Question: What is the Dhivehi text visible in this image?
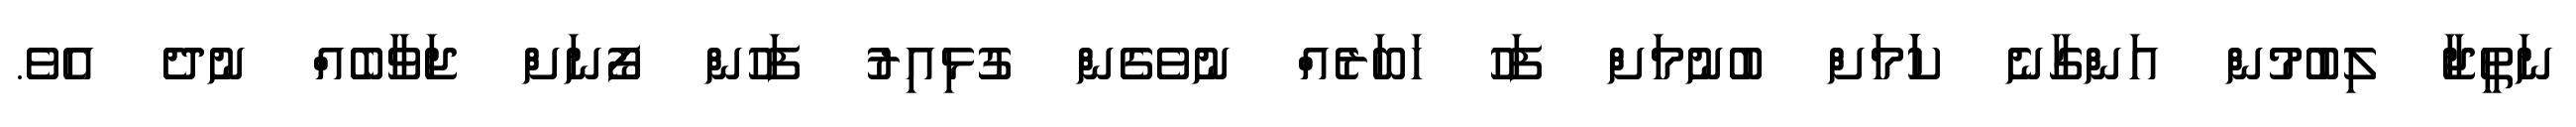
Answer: ނަތީޖާ ލިބުމުން އަންގާނެ ކަަމަށް ބުނުމަށް ފަހު ހަބަރެއް ނުވެގެން ގުޅިއިރު ފަހުން ފޯނަށް ޖަވާބެއް ނުދެ އެވެ.